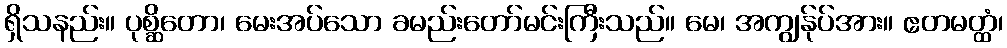
ရှိသနည်း။ ပုစ္ဆိတော၊ မေးအပ်သော ခမည်းတော်မင်းကြီးသည်။ မေ၊ အကျွန်ုပ်အား။ ဧတမတ္ထံ၊